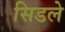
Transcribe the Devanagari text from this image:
सिडले